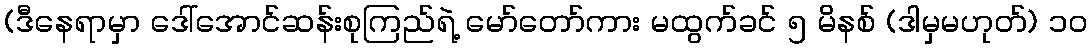
(ဒီနေရာမှာ ဒေါ်အောင်ဆန်းစုကြည်ရဲ့ မော်တော်ကား မထွက်ခင် ၅ မိနစ် (ဒါမှမဟုတ်) ၁၀